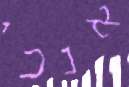
אנכי